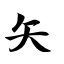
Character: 矢